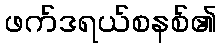
ဖက်ဒရယ်စနစ်၏